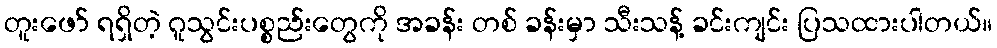
တူးဖော် ရရှိတဲ့ ဂူသွင်းပစ္စည်းတွေကို အခန်း တစ် ခန်းမှာ သီးသန့် ခင်းကျင်း ပြသထားပါတယ်။